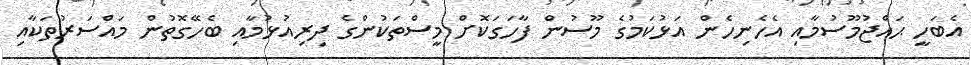
އެބަހީ ޙައްޖުމޫސުމާއި އެހެނިހެން އަޅުކަމުގެ މޫސުން ފާހަގަކޮށް މީސްތަކުންގެ ދިރިއުޅުމާއި ބެހޭގޮތުން މައްސަރުތަކާއި